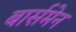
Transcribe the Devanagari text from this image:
बार्समेन